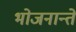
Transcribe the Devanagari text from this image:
भोजनान्ते